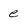
Character: e